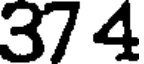
37 4